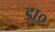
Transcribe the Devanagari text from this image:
ड़ा०